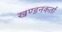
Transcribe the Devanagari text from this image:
खण्डनकर्ता